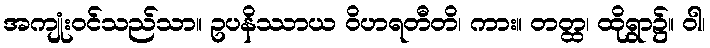
အကျုံးဝင်သည်သာ။ ဥပနိဿာယ ဝိဟရတီတိ၊ ကား။ တတ္ထ၊ ထိုရွာ၌။ ဝါ၊